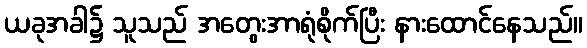
ယခုအခါ၌ သူသည် အတွေးအာရုံစိုက်ပြီး နားထောင်နေသည်။